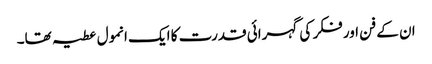
ان کے فن اور فکر کی گہرائی قدرت کا ایک انمول عطیہ تھا۔